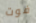
فوت